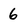
Character: 6